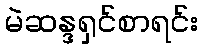
မဲဆန္ဒရှင်စာရင်း